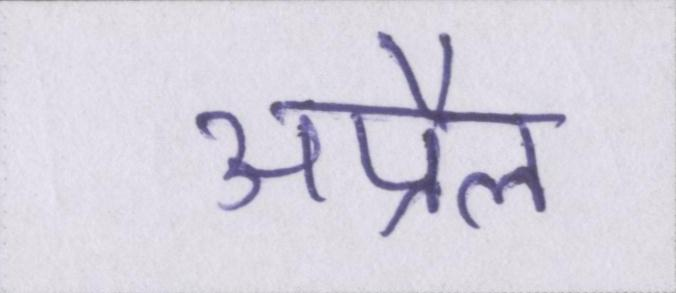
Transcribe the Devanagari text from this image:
अप्रैल